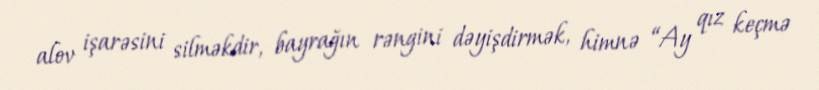
alov işarəsini silməkdir, bayrağın rəngini dəyişdirmək, himnə “Ay qız keçmə